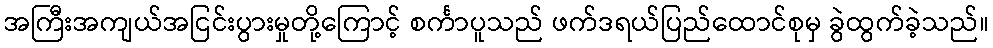
အကြီးအကျယ်အငြင်းပွားမှုတို့ကြောင့် စင်္ကာပူသည် ဖက်ဒရယ်ပြည်ထောင်စုမှ ခွဲထွက်ခဲ့သည်။